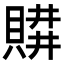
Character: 𧶥